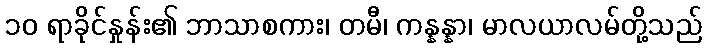
၁၀ ရာခိုင်နှုန်း၏ ဘာသာစကား၊ တမီ၊ ကန္နန္နာ၊ မာလယာလမ်တို့သည်